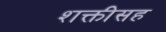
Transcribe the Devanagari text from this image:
शक्तीसह